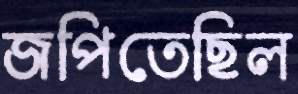
জপিতেছিল